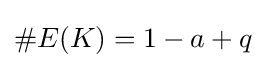
\#E(K)=1-a+q